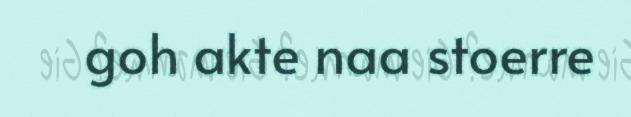
goh akte naa stoerre